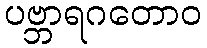
ပဗ္ဘာရဂတောဝ